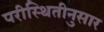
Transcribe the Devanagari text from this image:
परीस्थितीनुसार